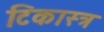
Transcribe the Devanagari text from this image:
टिकास्त्र